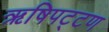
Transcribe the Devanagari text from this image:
ऋषिपट्टण